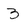
Character: 3